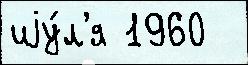
иjу́л'я 1960